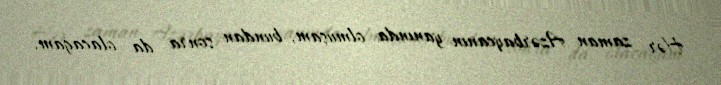
Hər zaman Azərbaycanın yanında olmuşam, bundan sonra da olacağam.